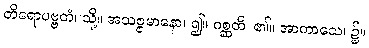
တိရောပဗ္ဗတံ၊ သို့။ အသဇ္ဇမာနော၊ ၍။ ဂစ္ဆတိ၊ ၏။ အာကာသေ၊ ၌။